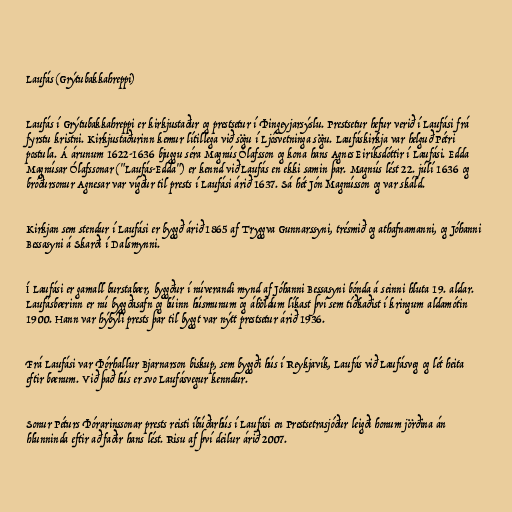
Laufás (Grýtubakkahreppi)

Laufás í Grýtubakkahreppi er kirkjustaður og prestsetur í Þingeyjarsýslu. Prestsetur hefur verið í Laufási frá
fyrstu kristni. Kirkjustaðurinn kemur lítillega við sögu í Ljósvetninga sögu. Laufáskirkja var helguð Pétri
postula. Á árunum 1622-1636 bjuggu séra Magnús Ólafsson og kona hans Agnes Eiríksdóttir í Laufási. Edda
Magnúsar Ólafssonar ("Laufás-Edda") er kennd við Laufás en ekki samin þar. Magnús lést 22. júlí 1636 og
bróðursonur Agnesar var vígður til prests í Laufási árið 1637. Sá hét Jón Magnússon og var skáld.

Kirkjan sem stendur í Laufási er byggð árið 1865 af Tryggva Gunnarssyni, trésmið og athafnamanni, og Jóhanni
Bessasyni á Skarði í Dalsmynni.

Í Laufási er gamall burstabær, byggður í núverandi mynd af Jóhanni Bessasyni bónda á seinni hluta 19. aldar.
Laufásbærinn er nú byggðasafn og búinn húsmunum og áhöldum líkast því sem tíðkaðist í kringum aldamótin
1900. Hann var hýbýli prests þar til byggt var nýtt prestsetur árið 1936.

Frá Laufási var Þórhallur Bjarnarson biskup, sem byggði hús í Reykjavík, Laufás við Laufásveg og lét heita
eftir bænum. Við það hús er svo Laufásvegur kenndur.

Sonur Péturs Þórarinssonar prests reisti íbúðarhús í Laufási en Prestsetrasjóður leigði honum jörðina án
hlunninda eftir að faðir hans lést. Risu af því deilur árið 2007.